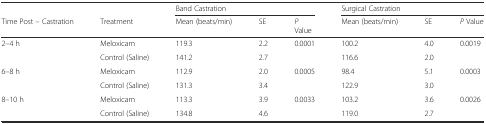
|  |  | <COLSPAN=3> Band Castration | <COLSPAN=3> Surgical Castration |
 | Time Post – Castration | Treatment | Mean (beats/min) | SE | PValue | Mean (beats/min) | SE | P Value |
 | --- | --- | --- | --- | --- | --- | --- | --- |
 | <ROWSPAN=2> 2–4 h | Meloxicam | 119.3 | 2.2 | <ROWSPAN=2> 0.0001 | 100.2 | 4.0 | <ROWSPAN=2> 0.0019 |
 | Control (Saline) | 141.2 | 2.7 | 116.6 | 2.0 |
 | <ROWSPAN=2> 6–8 h | Meloxicam | 112.9 | 2.0 | <ROWSPAN=2> 0.0005 | 98.4 | 5.1 | <ROWSPAN=2> 0.0003 |
 | Control (Saline) | 131.3 | 3.4 | 122.9 | 3.0 |
 | <ROWSPAN=2> 8–10 h | Meloxicam | 113.3 | 3.9 | <ROWSPAN=2> 0.0033 | 103.2 | 3.6 | <ROWSPAN=2> 0.0026 |
 | Control (Saline) | 134.8 | 4.6 | 119.0 | 2.7 |